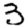
Digit: 3